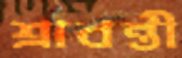
শ্রাবন্তী